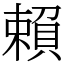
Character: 賴